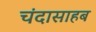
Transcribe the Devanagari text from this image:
चंदासाहब